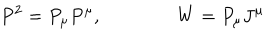
LaTeX: P ^ { 2 } = P _ { \mu } P ^ { \mu } , \qquad \qquad W = P _ { \mu } J ^ { \mu }